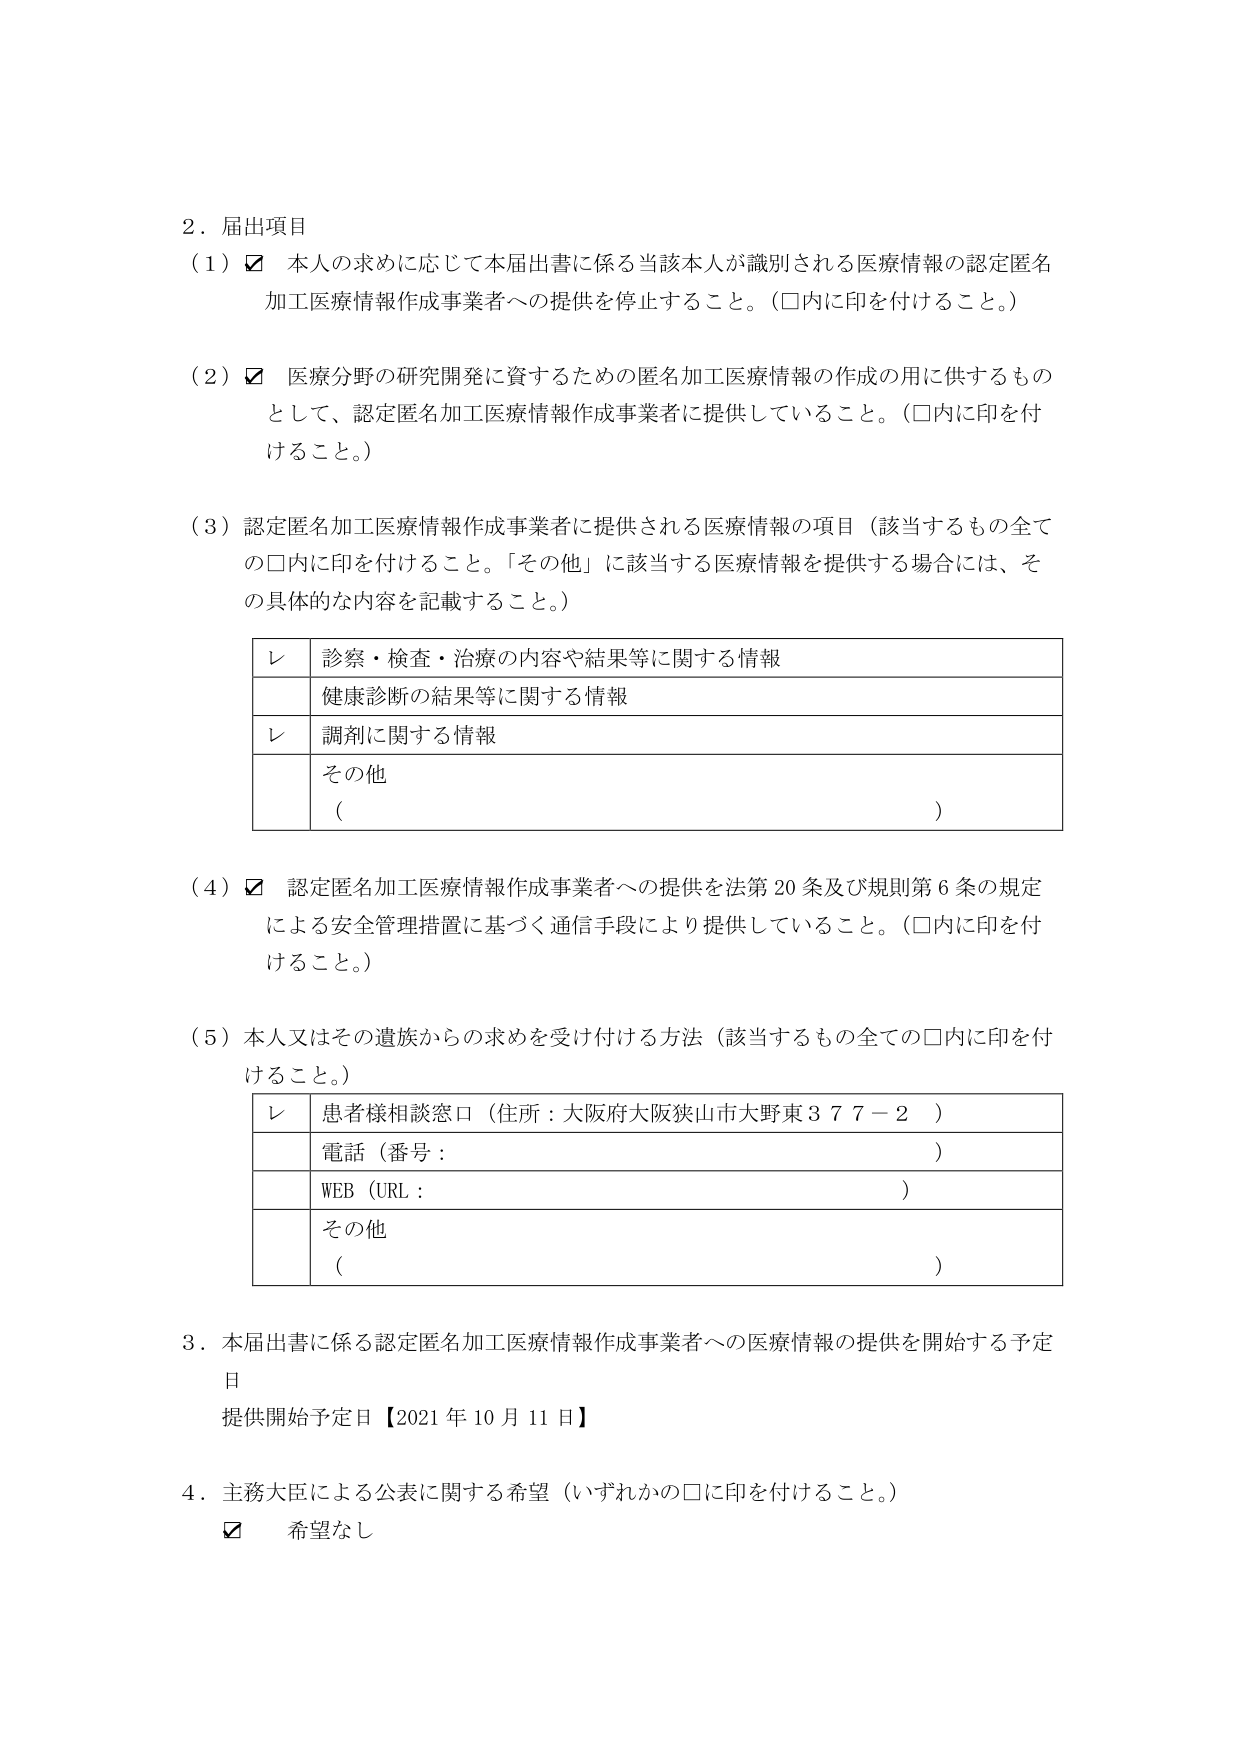
2．届出項目
（1）☑ 本人の求めに応じて本届出書に係る当該本人が識別される医療情報の認定匿名加工医療情報作成事業者への提供を停止すること。（□内に印を付けること。）

（2）☑ 医療分野の研究開発に資するための匿名加工医療情報の作成の用に供するものとして、認定匿名加工医療情報作成事業者に提供していること。（□内に印を付けること。）

（3）認定匿名加工医療情報作成事業者に提供される医療情報の項目（該当するもの全ての□内に印を付けること。「その他」に該当する医療情報を提供する場合には、その具体的な内容を記載すること。）

レ 診察・検査・治療の内容や結果等に関する情報
　 健康診断の結果等に関する情報
レ 調剤に関する情報
　 その他
　（　　　　　　　　　　　　　　　　　　　　　　　　　　　　　　　　　　　　）

（4）☑ 認定匿名加工医療情報作成事業者への提供を法第20条及び規則第6条の規定による安全管理措置に基づく通信手段により提供していること。（□内に印を付けること。）

（5）本人又はその遺族からの求めを受け付ける方法（該当するもの全ての□内に印を付けること。）

レ 患者様相談窓口（住所：大阪府大阪狭山市大野東377－2）
　 電話（番号：　　　　　　　　　　　　　　　　　　　　　　　　　　　　　　）
　 WEB（URL：　　　　　　　　　　　　　　　　　　　　　　　　　　　　　　　）
　 その他
　（　　　　　　　　　　　　　　　　　　　　　　　　　　　　　　　　　　　　）

3．本届出書に係る認定匿名加工医療情報作成事業者への医療情報の提供を開始する予定日
　提供開始予定日【2021年10月11日】

4．主務大臣による公表に関する希望（いずれかの□に印を付けること。）
　☑ 希望なし